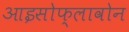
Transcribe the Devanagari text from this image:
आइसोफ्लावोन